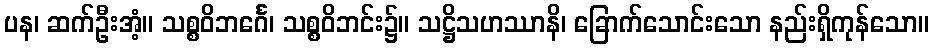
ပန၊ ဆက်ဦးအံ့။ သစ္စဝိဘင်္ဂေ၊ သစ္စဝိဘင်း၌။ သဋ္ဌိသဟဿာနိ၊ ခြောက်သောင်းသော နည်းရှိကုန်သော။